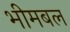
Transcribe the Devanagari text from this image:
भीमबल